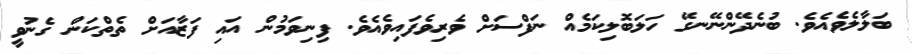
ބަލާލެވެއެވެ. ބުނެދޭންނޭނގޭ ހަލަބޮލިކަމެއް ނަފްސަށް ވެރިވެފައިވެއެވެ. ފިނިވަމުން އައި ފަޒާއަށް ތެތްކަން ގެނުވީ